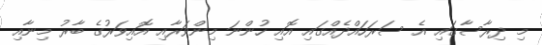
މި ދިރާސާގައި އެ ސަރަހައްދެއްގައި އޮއި ހުންނަ މިންވަރާއި އޮއިވަރުގެ ބާރު މިނާއި